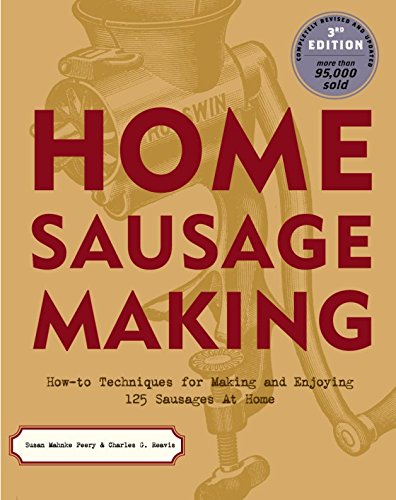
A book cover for Home Sausage Making: How-To Techniques for Making and Enjoying 100 Sausages at Home; Susan Mahnke Peery; Cookbooks, Food & Wine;